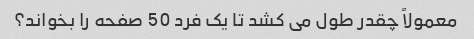
معمولاً چقدر طول می کشد تا یک فرد 50 صفحه را بخواند؟